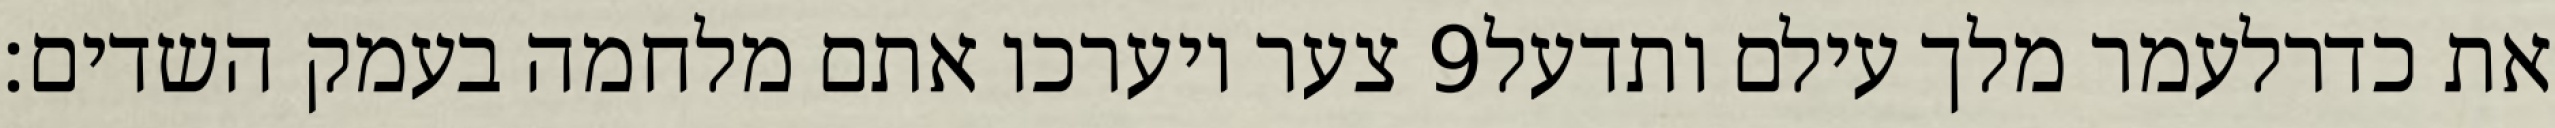
צער ויערכו אתם מלחמה בעמק השדים׃ ‎9‏ את כדרלעמר מלך עילם ותדעל